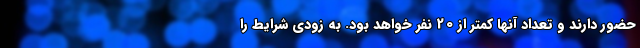
حضور دارند و تعداد آنها کمتر از 20 نفر خواهد بود. به زودی شرایط را